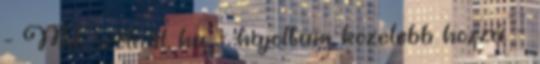
- Mit szólnál, ha. - hajoltam közelebb hozzá. -